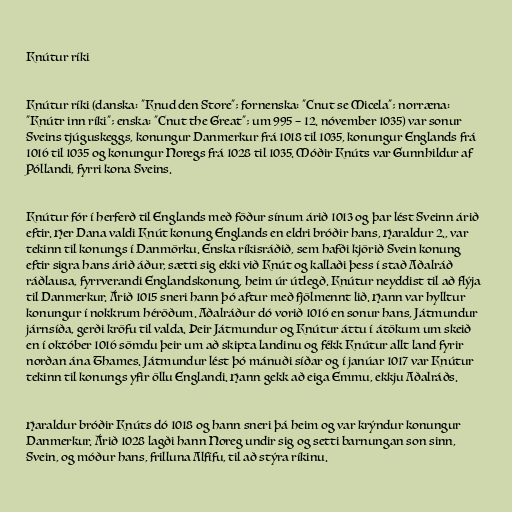
Knútur ríki

Knútur ríki (danska: "Knud den Store"; fornenska: "Cnut se Micela"; norræna:
"Knútr inn ríki"; enska: "Cnut the Great"; um 995 – 12. nóvember 1035) var sonur
Sveins tjúguskeggs, konungur Danmerkur frá 1018 til 1035, konungur Englands frá
1016 til 1035 og konungur Noregs frá 1028 til 1035. Móðir Knúts var Gunnhildur af
Póllandi, fyrri kona Sveins.

Knútur fór í herferð til Englands með föður sínum árið 1013 og þar lést Sveinn árið
eftir. Her Dana valdi Knút konung Englands en eldri bróðir hans, Haraldur 2., var
tekinn til konungs í Danmörku. Enska ríkisráðið, sem hafði kjörið Svein konung
eftir sigra hans árið áður, sætti sig ekki við Knút og kallaði þess í stað Aðalráð
ráðlausa, fyrrverandi Englandskonung, heim úr útlegð. Knútur neyddist til að flýja
til Danmerkur. Árið 1015 sneri hann þó aftur með fjölmennt lið. Hann var hylltur
konungur í nokkrum héröðum. Aðalráður dó vorið 1016 en sonur hans, Játmundur
járnsíða, gerði kröfu til valda. Þeir Játmundur og Knútur áttu í átökum um skeið
en í október 1016 sömdu þeir um að skipta landinu og fékk Knútur allt land fyrir
norðan ána Thames. Játmundur lést þó mánuði síðar og í janúar 1017 var Knútur
tekinn til konungs yfir öllu Englandi. Hann gekk að eiga Emmu, ekkju Aðalráðs.

Haraldur bróðir Knúts dó 1018 og hann sneri þá heim og var krýndur konungur
Danmerkur. Árið 1028 lagði hann Noreg undir sig og setti barnungan son sinn,
Svein, og móður hans, frilluna Alfífu, til að stýra ríkinu.